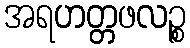
အရဟတ္တဖလဉ္စ